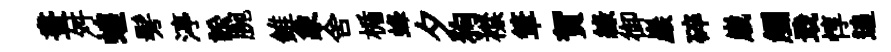
晝舛蝗髣渟訟腕錐象舍楯蜂夕狗襟筆賀緑御巖碎𡻕觸戢惇追